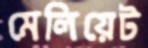
মেলিয়েট